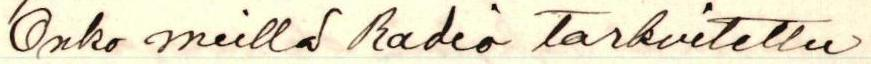
Onko meillä radio tarkoitettu